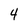
Character: 4